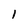
Character: 1